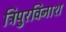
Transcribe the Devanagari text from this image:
त्रिपुरविनाश